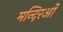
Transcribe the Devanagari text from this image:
मन्दिरओं